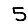
Digit: 5